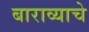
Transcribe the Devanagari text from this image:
बाराव्याचे